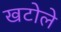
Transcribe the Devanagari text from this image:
खटोले